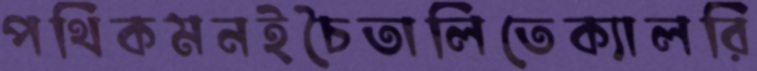
পথিকমনইচৈতালিতেক্যালরি